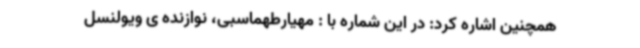
همچنین اشاره کرد: در این شماره با : مهیارطهماسبی، نوازنده ی ویولنسل